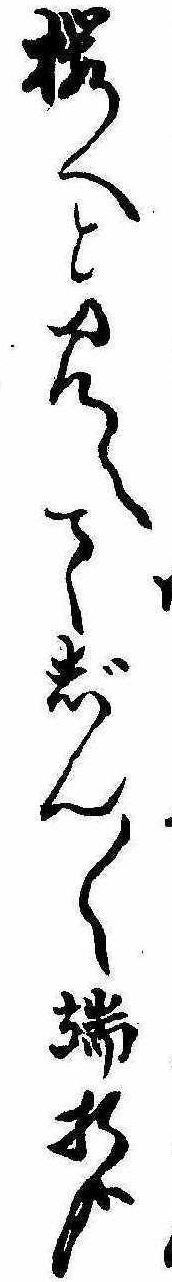
桜へと見へてじん〱端折哉